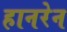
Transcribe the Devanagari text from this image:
हानरेन